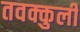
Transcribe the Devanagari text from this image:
तवक्कुली